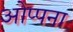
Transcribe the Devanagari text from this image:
ओप्पना